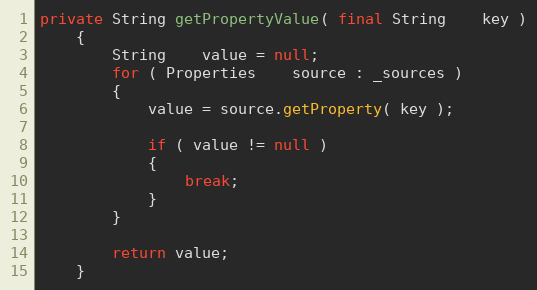
Language: Java
private String getPropertyValue( final String    key )
    {
        String    value = null;
        for ( Properties    source : _sources )
        {
            value = source.getProperty( key );

            if ( value != null )
            {
                break;
            }
        }

        return value;
    }